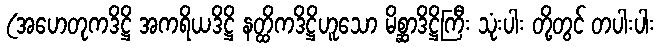
(အဟေတုကဒိဋ္ဌိ အကရိယဒိဋ္ဌိ နတ္ထိကဒိဋ္ဌိဟူသော မိစ္ဆာဒိဋ္ဌိကြီး သုံးပါး တို့တွင် တပါးပါး